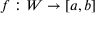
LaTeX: f : W \to [ a , b ]